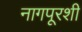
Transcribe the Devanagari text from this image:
नागपूरशी